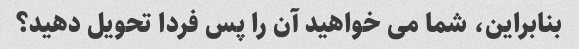
بنابراین، شما می خواهید آن را پس فردا تحویل دهید؟